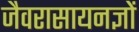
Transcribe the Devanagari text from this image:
जैवरासायनज्ञों